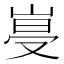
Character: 𡹨